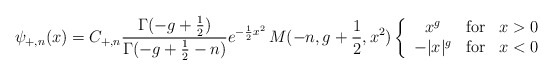
\begin{align*}\psi_{+,n}(x) = C_{+,n}\frac{\Gamma(-g+{1\over 2})}{\Gamma(-g+{1\over2}-n)}e^{-{1\over 2}x^{2}}\,M(-n,g+{1\over2},x^{2})\left\{\begin{array}{cll} x^{g}& {\rm for} & x>0\\ -|x|^{g}& {\rm for} & x<0 \end{array}\right.\end{align*}